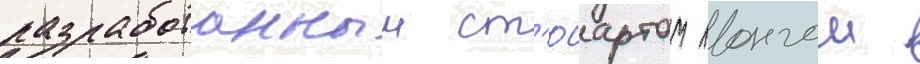
разработанныи ст'юартом лонгом